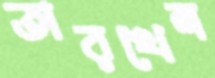
তারখেল